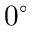
0 ^ { \circ }